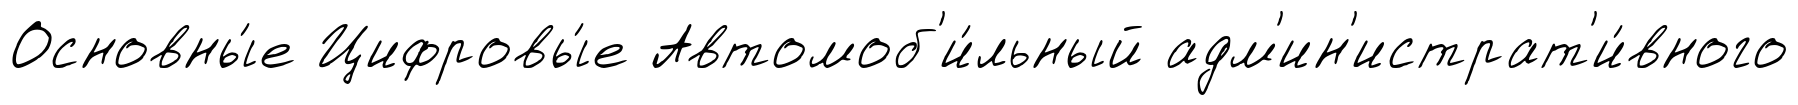
Основны́е Цифровы́е Автомоб'и́льный адм'ин'истрат'и́вного